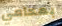
بمحامي